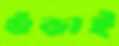
গুঁড়াই